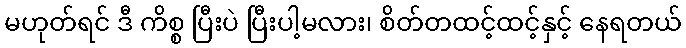
မဟုတ်ရင် ဒီ ကိစ္စ ပြီးပဲ ပြီးပါ့မလား၊ စိတ်တထင့်ထင့်နှင့် နေရတယ်